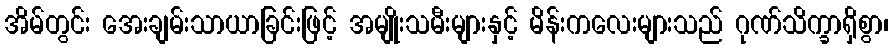
အိမ်တွင်း အေးချမ်းသာယာခြင်းဖြင့် အမျိုးသမီးများနှင့် မိန်းကလေးများသည် ဂုဏ်သိက္ခာရှိစွာ၊